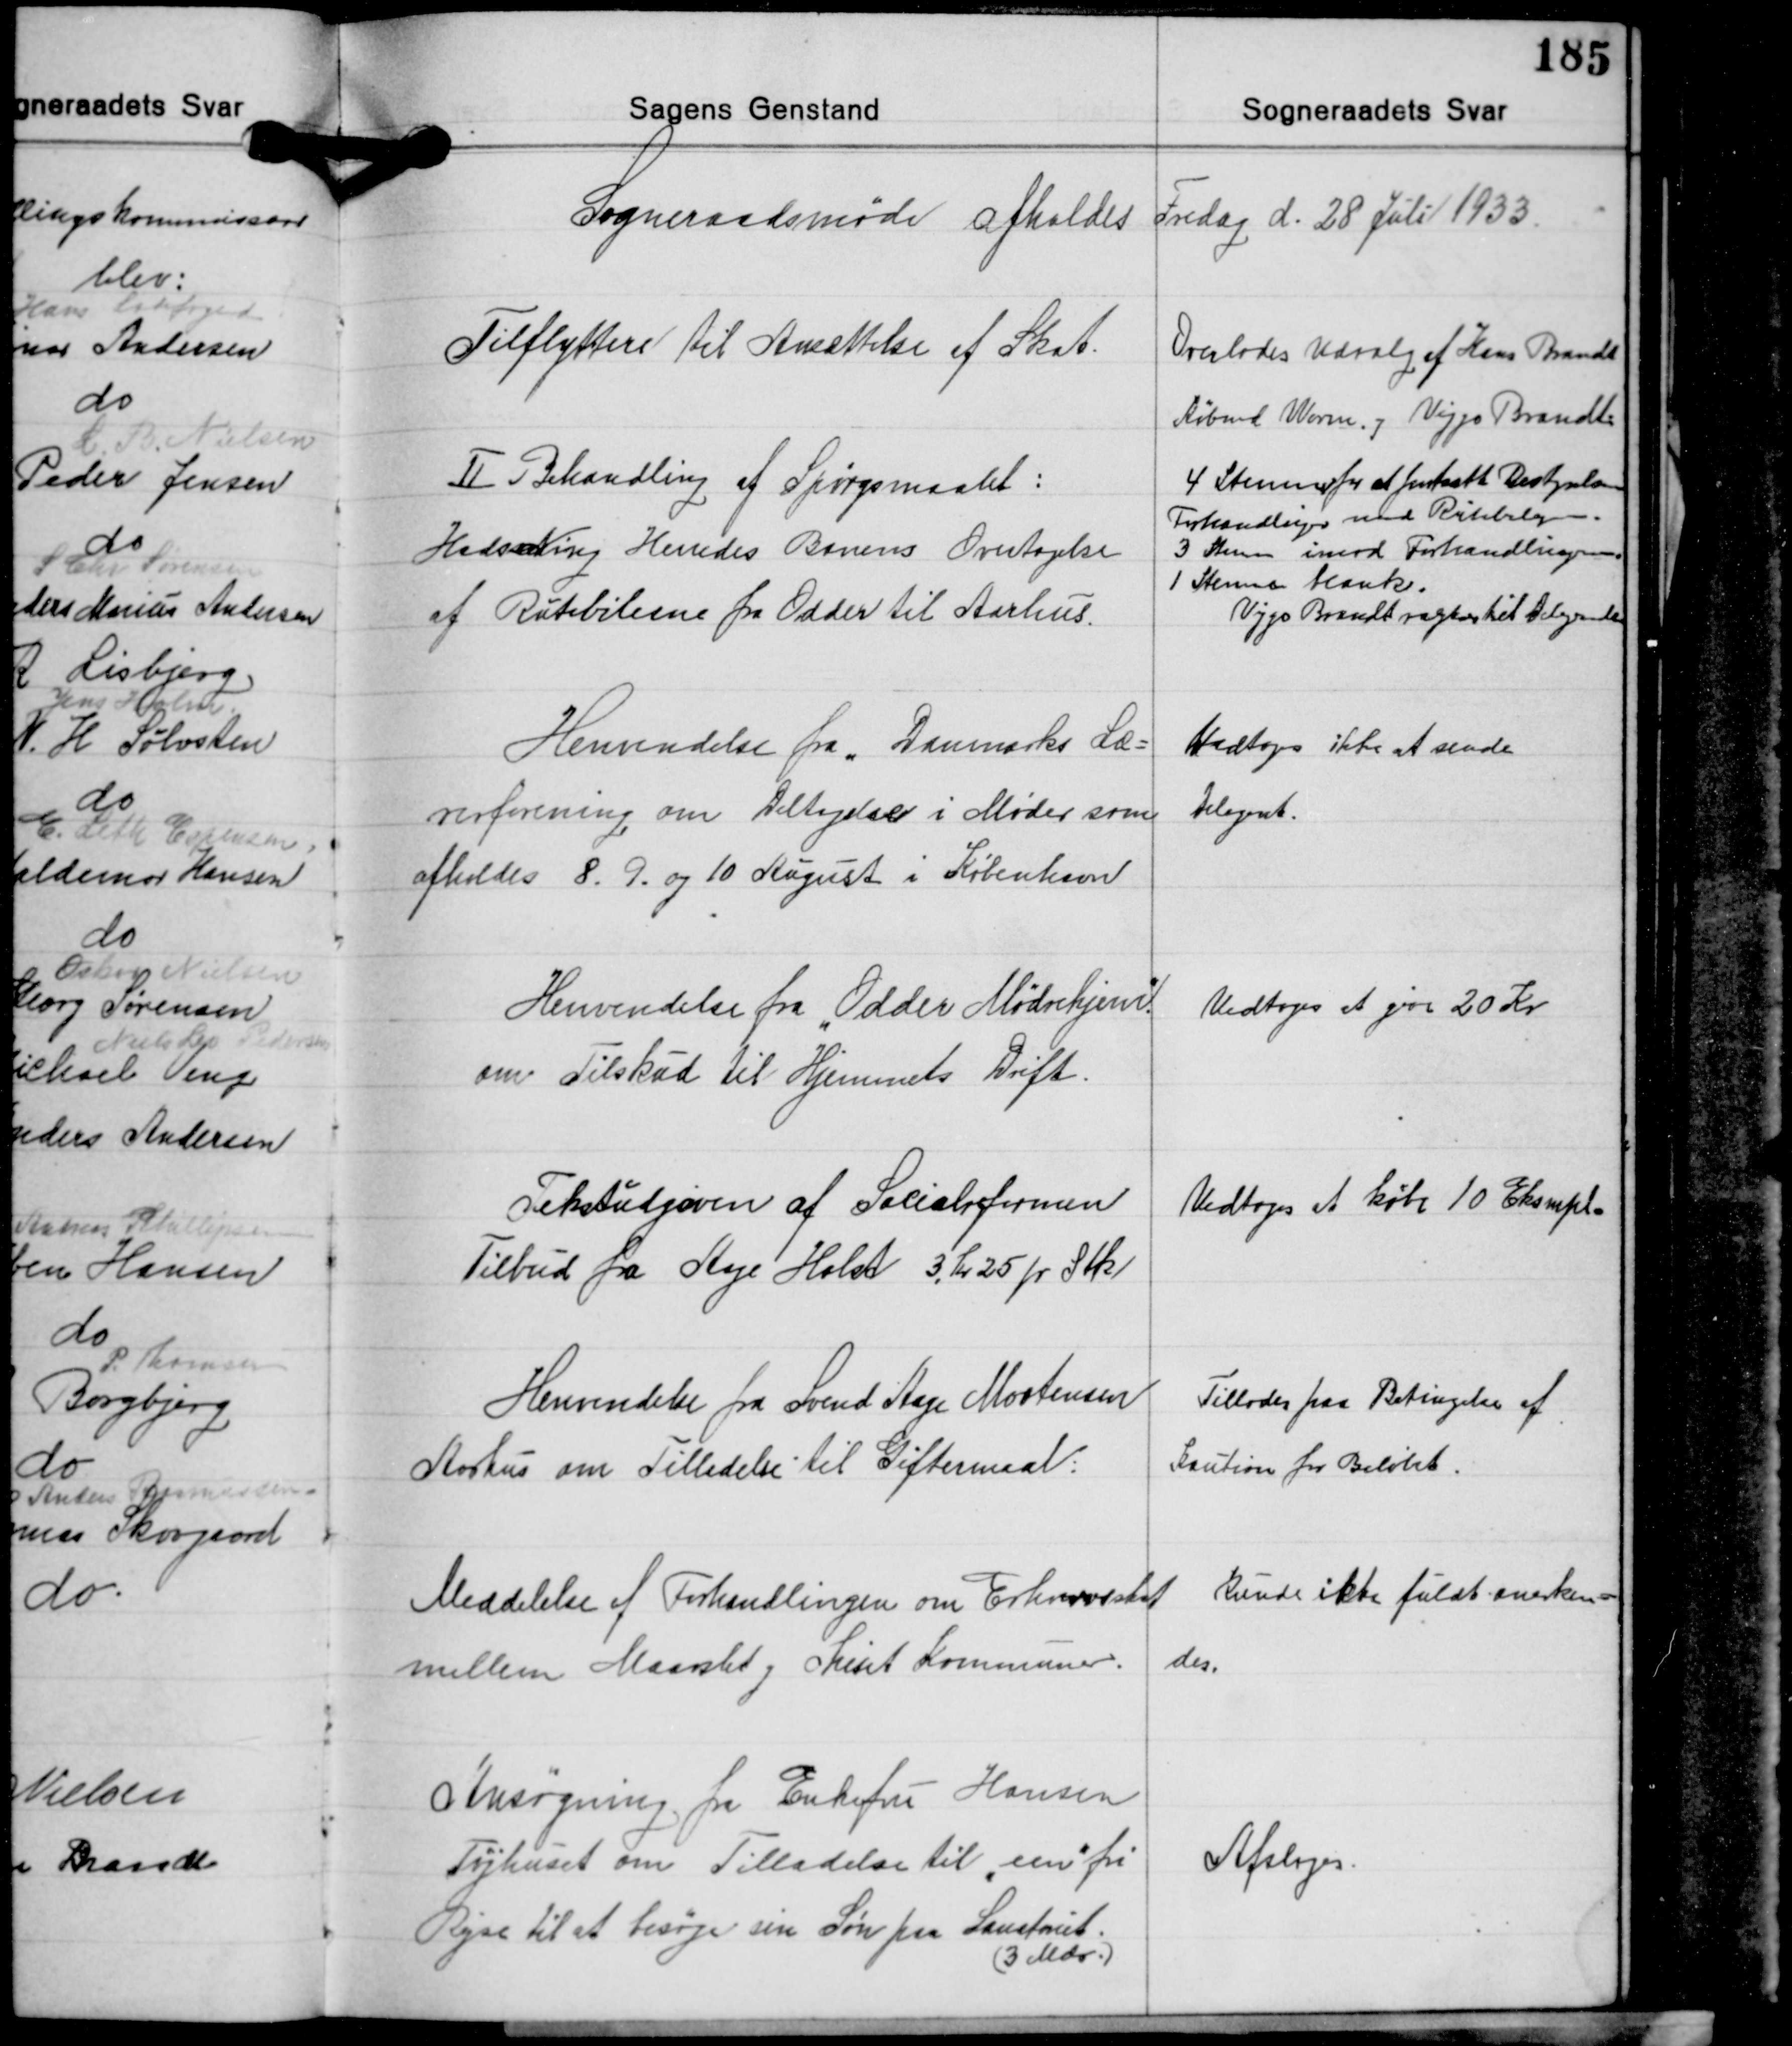
Transskription:
Sogneraadsmøde afholdes Fredag d. 28 Juli 1933.

Tilflyttere til Ansættelse af Skat.

Overlades Udvalg af Hans Brandt
Købmd. Worm og Viggo Brandt

Ⅱ Behandling af Spørgsmaalet:
Hads Ning Herredes Banens Overtagelse
af Rutebilerne fra Odder til Aarhus.

4 Stemmer for at fortsætte Bestyrelsens
Forhandlinger med Rutebilejerne
3 Stemmer imod Forhandlingerne
1 Stemte blank.
Viggo Brandt valgtes til Delegerede

Henvendelse fra Danmarks Læ-
rerforening om Deltagelse i Møder som
afholdes 8, 9 og 10 August i København

Vedtoges ikke at sende
Delegeret.

Henvendelse fra "Odder Mødrehjem"
om Tilskud til Hjemmets Drift.

Vedtoges at give 20 Kr.

Tekstudgaven af Socialreformen
Tilbud fra Aage Holst 3 Kr. 25 pr. Stk.

Vedtoges at købe 10 Eksmpl.

Henvendelse fra Svend Aage Mortensen
Aarhus om Tilladelse til Giftermaal:

Tillades paa Betingelse af
kaution for Beløbet.

Meddelelse af Forhandlingen om Erhvervsskat
mellem Maarslet og Thiset Kommuner.

Kunde ikke fuldt anerken-
des.

Ansøgning fra Enkefu Hansen
Tøjhuset om Tilladelse til "een" fri
Rejse til at besøge sin Søn paa Sanatoriet.
(3 Mdr.)

Afsloges.